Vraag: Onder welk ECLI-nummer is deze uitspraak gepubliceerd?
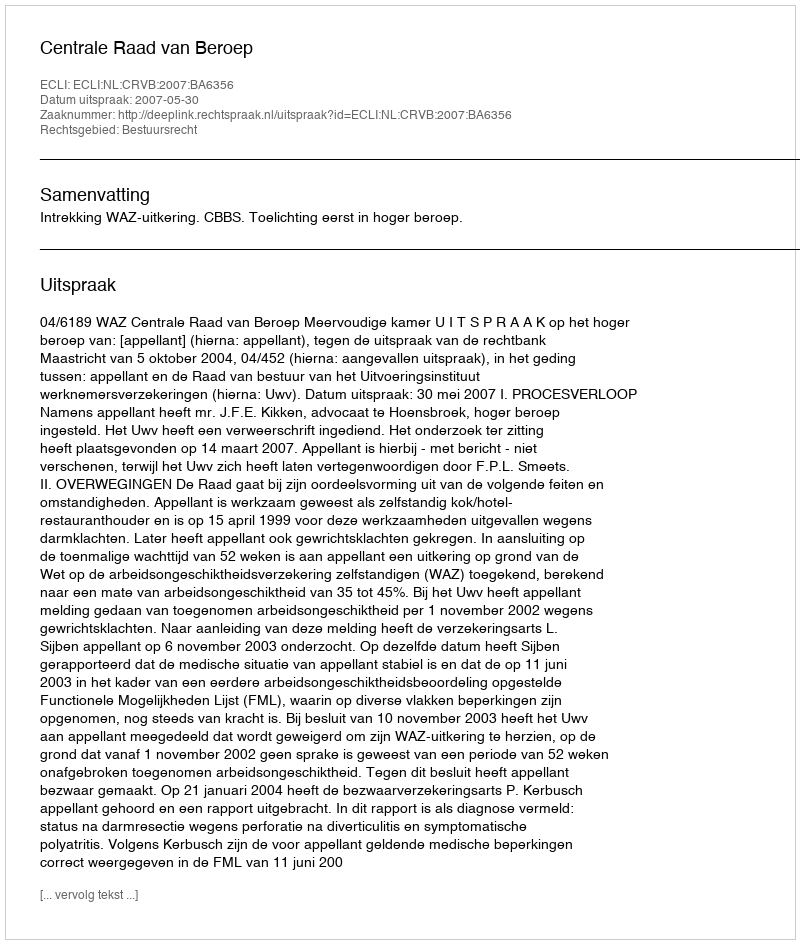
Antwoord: ECLI:NL:CRVB:2007:BA6356